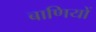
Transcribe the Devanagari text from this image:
बाणियों